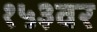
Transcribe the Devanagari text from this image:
१५३वर